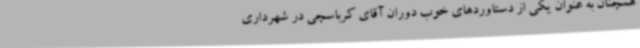
همچنان به عنوان یکی از دستاوردهای خوب دوران آقای کرباسچی در شهرداری